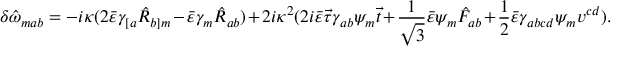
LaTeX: \delta \hat { \omega } _ { m a b } = - i \kappa ( 2 \bar { \varepsilon } \gamma _ { [ a } \hat { \cal R } _ { b ] m } - \bar { \varepsilon } \gamma _ { m } \hat { \cal R } _ { a b } ) + 2 i \kappa ^ { 2 } ( 2 i \bar { \varepsilon } \vec { \tau } \gamma _ { a b } \psi _ { m } \vec { t } + \frac { 1 } { \sqrt { 3 } } \bar { \varepsilon } \psi _ { m } \hat { F } _ { a b } + \frac { 1 } { 2 } \bar { \varepsilon } \gamma _ { a b c d } \psi _ { m } v ^ { c d } ) .